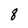
Character: 8